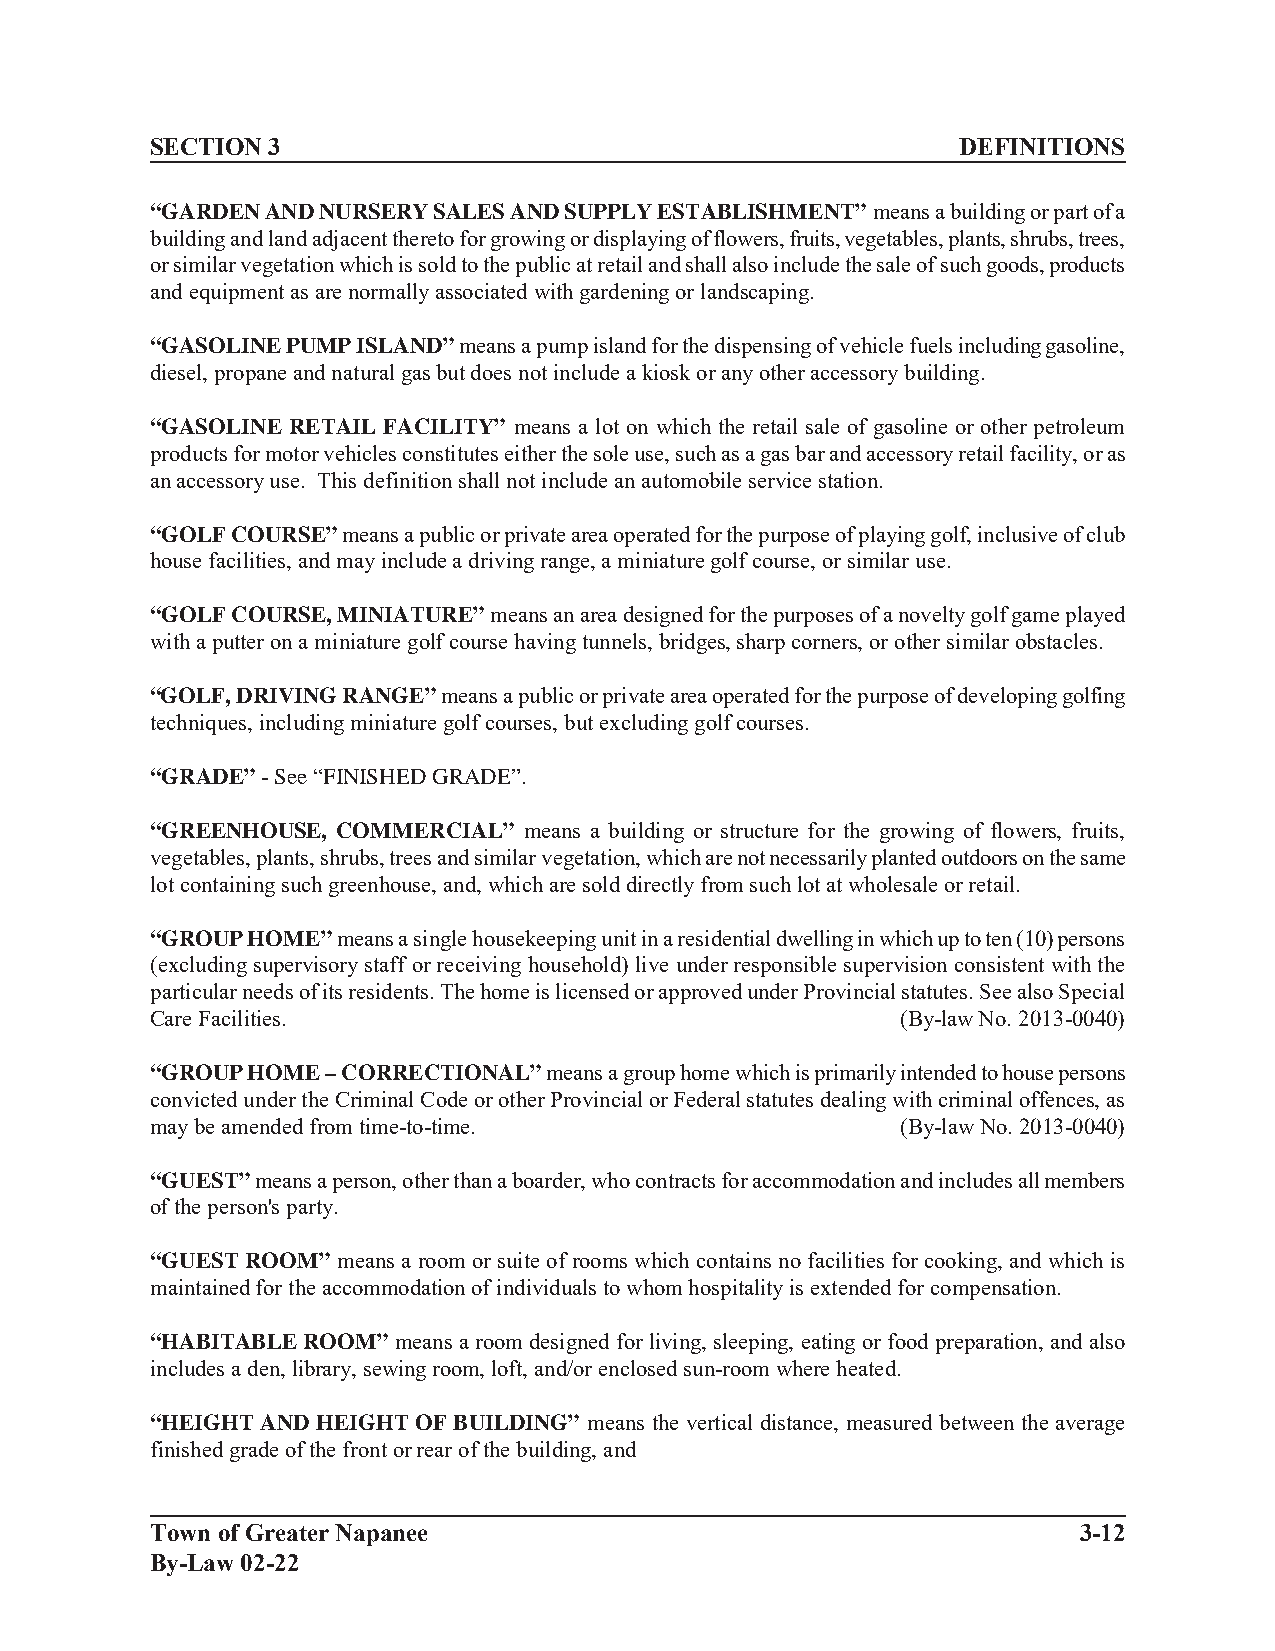
SECTION 3                                             DEFINITIONS
 “GARDEN AND NURSERY SALES AND SUPPLY ESTABLISHMENT” means a building or part of a
 building and land adjacent thereto for growing or displaying of flowers, fruits, vegetables, plants, shrubs, trees,
 or similar vegetation which is sold to the public at retail and shall also include the sale of such goods, products
 and equipment as are normally associated with gardening or landscaping.
 “GASOLINE PUMP ISLAND” means a pump island for the dispensing of vehicle fuels including gasoline,
 diesel, propane and natural gas but does not include a kiosk or any other accessory building.
 “GASOLINE RETAIL FACILITY” means a lot on which the retail sale of gasoline or other petroleum
 products for motor vehicles constitutes either the sole use, such as a gas bar and accessory retail facility, or as
 an accessory use. This definition shall not include an automobile service station.
 “GOLF COURSE” means a public or private area operated for the purpose of playing golf, inclusive of club
 house facilities, and may include a driving range, a miniature golf course, or similar use.
 “GOLF COURSE, MINIATURE” means an area designed for the purposes of a novelty golf game played
 with a putter on a miniature golf course having tunnels, bridges, sharp corners, or other similar obstacles.
 “GOLF, DRIVING RANGE” means a public or private area operated for the purpose of developing golfing
 techniques, including miniature golf courses, but excluding golf courses.
 “GRADE” - See “FINISHED GRADE”.
 “GREENHOUSE, COMMERCIAL” means a building or structure for the growing of flowers, fruits,
 vegetables, plants, shrubs, trees and similar vegetation, which are not necessarily planted outdoors on the same
 lot containing such greenhouse, and, which are sold directly from such lot at wholesale or retail.
 “GROUP HOME” means a single housekeeping unit in a residential dwelling in which up to ten (10) persons
 (excluding supervisory staff or receiving household) live under responsible supervision consistent with the
 particular needs of its residents. The home is licensed or approved under Provincial statutes. See also Special
 Care Facilities.                                  (By-law No. 2013-0040)
 “GROUP HOME – CORRECTIONAL” means a group home which is primarily intended to house persons
 convicted under the Criminal Code or other Provincial or Federal statutes dealing with criminal offences, as
 may be amended from time-to-time.                 (By-law No. 2013-0040)
 “GUEST” means a person, other than a boarder, who contracts for accommodation and includes all members
 of the person's party.
 “GUEST ROOM” means a room or suite of rooms which contains no facilities for cooking, and which is
 maintained for the accommodation of individuals to whom hospitality is extended for compensation.
 “HABITABLE ROOM” means a room designed for living, sleeping, eating or food preparation, and also
 includes a den, library, sewing room, loft, and/or enclosed sun-room where heated.
 “HEIGHT AND HEIGHT OF BUILDING” means the vertical distance, measured between the average
 finished grade of the front or rear of the building, and
 Town of Greater Napanee                                      3-12
 By-Law 02-22